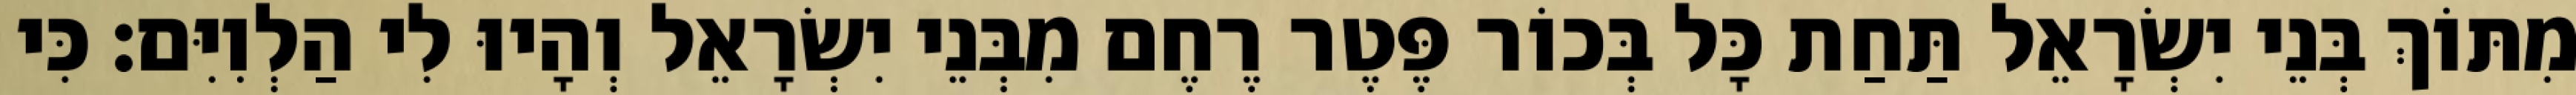
מִתּוֹךְ בְּנֵי יִשְׂרָאֵל תַּחַת כָּל בְּכוֹר פֶּטֶר רֶחֶם מִבְּנֵי יִשְׂרָאֵל וְהָיוּ לִי הַלְוִיִּם׃ כִּי